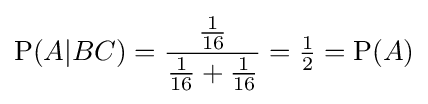
\mathrm {P} (A|BC)={\frac {\frac {1}{16}}{{\frac {1}{16}}+{\frac {1}{16}}}}={\tfrac {1}{2}}=\mathrm {P} (A)